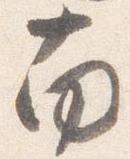
南